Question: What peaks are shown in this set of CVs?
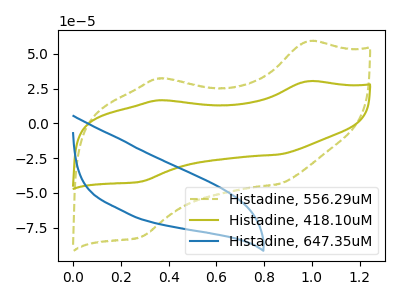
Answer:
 <answer>The olive dashed curve "Histadine, 556.29uM" has anodic peaks at (1.00V, 58.90uA) (0.35V, 32.25uA) and cathodic peaks at (0.85V, -43.80uA) (0.30V, -81.95uA). The olive curve "Histadine, 418.10uM" has anodic peaks at (1.00V, 30.25uA) (0.35V, 16.55uA) and cathodic peaks at (0.85V, -22.45uA) (0.30V, -42.05uA). The blue curve "Histadine, 647.35uM" has no peaks.</answer>
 <eval></eval>